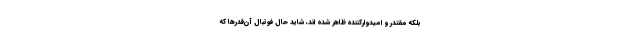
بلکه مقتدر و امیدوارکننده ظاهر شده اند، شاید حال فوتبال آن‌قدرها که